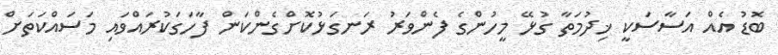
ބޮޑު އެއް އަސާސަކީ ޚިދުމަތާ ގުޅޭ މީހުންގެ ފެންވަރު ރަނގަޅުކޮށްގެންކަން ފާހަގަކުރައްވައި މަސައްކަތަށް